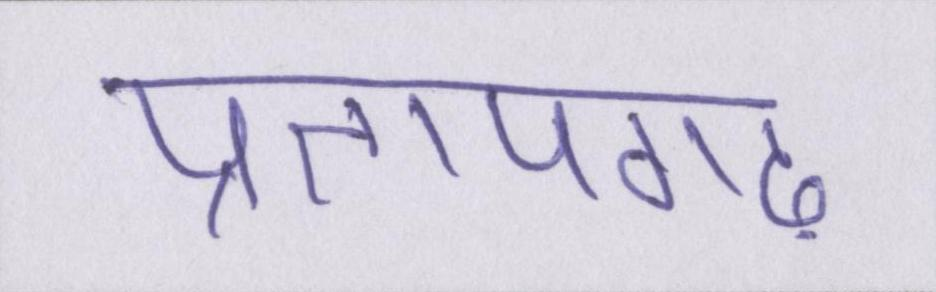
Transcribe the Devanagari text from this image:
प्रतापगढ़